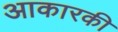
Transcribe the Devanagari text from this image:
आकारकी